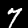
Digit: 7